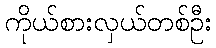
ကိုယ်စားလှယ်တစ်ဦး